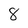
Character: 8